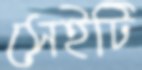
সেইটি